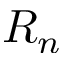
R _ { n }